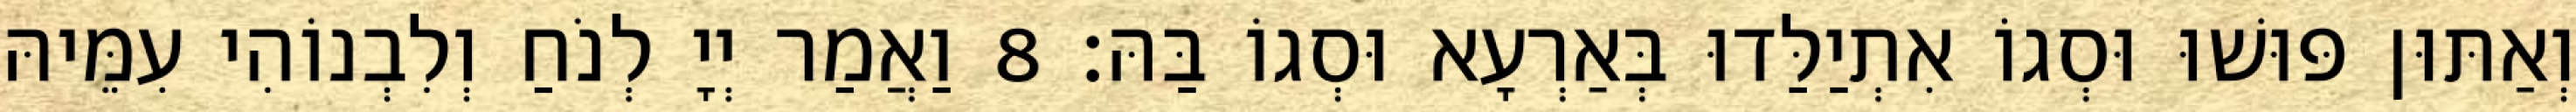
וְאַתּוּן פּוּשׁוּ וּסְגוֹ אִתְיַלַּדוּ בְּאַרְעָא וּסְגוֹ בַּהּ׃ 8 וַאֲמַר יְיָ לְנֹחַ וְלִבְנוֹהִי עִמֵּיהּ